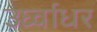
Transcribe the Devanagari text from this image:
उर्घ्वाधर